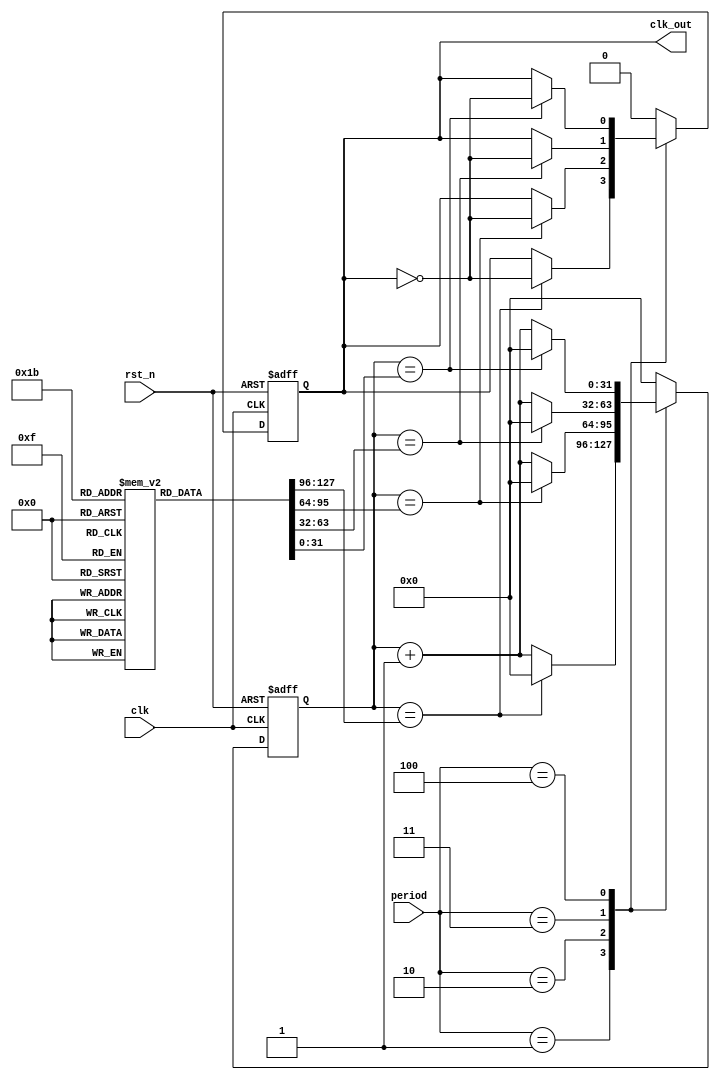
module clk_divider 
#(
   parameter   clk_freq = 12_000_000 // 12MHz
) 
(
    input         clk,
    input         rst_n,
    input [3:0]   period, // 4'd1: 240000Hz, 4d'2: 120000Hz, 4d'3: 80000Hz, 4d'4: 600000Hz 
    output reg    clk_out
);
    reg [31:0] counter;
    reg [31:0] period_values [3:0];

    // Initialize period values
    initial begin
        period_values[0] = clk_freq / 240000 / 2;
        period_values[1] = clk_freq / 120000 / 2;
        period_values[2] = clk_freq / 80000 / 2;
        period_values[3] = clk_freq / 60000 / 2;
    end

    always @(posedge clk or negedge rst_n) begin
        if (~rst_n) begin
            counter <= 0;
            clk_out <= 0;
        end
        else begin
            counter <= counter + 1;
            case (period)
                4'd1: begin
                    if (counter == period_values[0]) begin
                        counter <= 0;
                        clk_out <= ~clk_out;
                    end
                end
                4'd2: begin
                    if (counter == period_values[1]) begin
                        counter <= 0;
                        clk_out <= ~clk_out;
                    end
                end
                4'd3: begin
                    if (counter == period_values[2]) begin
                        counter <= 0;
                        clk_out <= ~clk_out;
                    end
                end
                4'd4: begin
                    if (counter == period_values[3]) begin
                        counter <= 0;
                        clk_out <= ~clk_out;
                    end
                end
                default: begin
                    counter <= 0;
                    clk_out <= 0;
                end
            endcase
        end
    end
endmodule